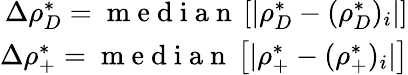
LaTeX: \begin{array}{r}{\Delta\rho_{D}^{*}=\mathrm{~m~e~d~i~a~n~}\left[|\rho_{D}^{*}-(\rho_{D}^{*})_{i}|\right]}\\ {\Delta\rho_{+}^{*}=\mathrm{~m~e~d~i~a~n~}\left[|\rho_{+}^{*}-(\rho_{+}^{*})_{i}|\right]}\end{array}